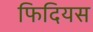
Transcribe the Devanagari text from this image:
फिदियस